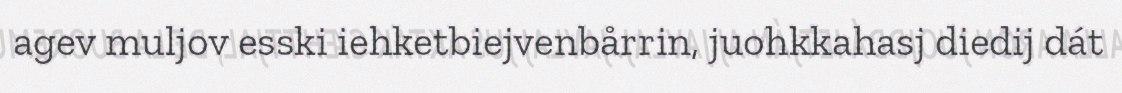
agev muljov esski iehketbiejvenbårrin, juohkkahasj diedij dát